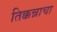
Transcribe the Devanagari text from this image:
तिक्कन्नाचा